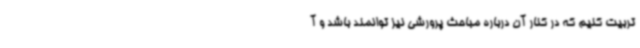
تربیت کنیم که در کنار آن درباره مباحث پرورشی نیز توانمند باشد و آ